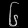
Digit: ၆